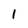
Character: 1